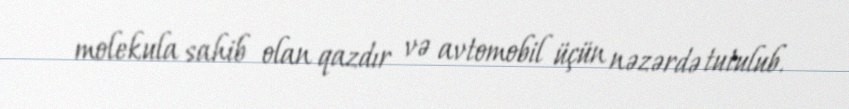
molekula sahib olan qazdır və avtomobil üçün nəzərdə tutulub.